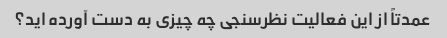
عمدتاً از این فعالیت نظرسنجی چه چیزی به دست آورده اید؟